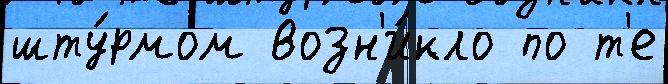
шту́рмом возн'и́кло по т'е